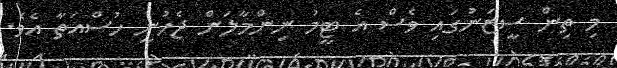
މި ތިން ސީޒަނުގައި ވެސް އެ ޓީމު ނިންމާލަން ޖެހުނީ ހުސްއަތާ އެވެ.